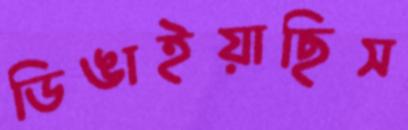
ডিঙাইয়াছিস